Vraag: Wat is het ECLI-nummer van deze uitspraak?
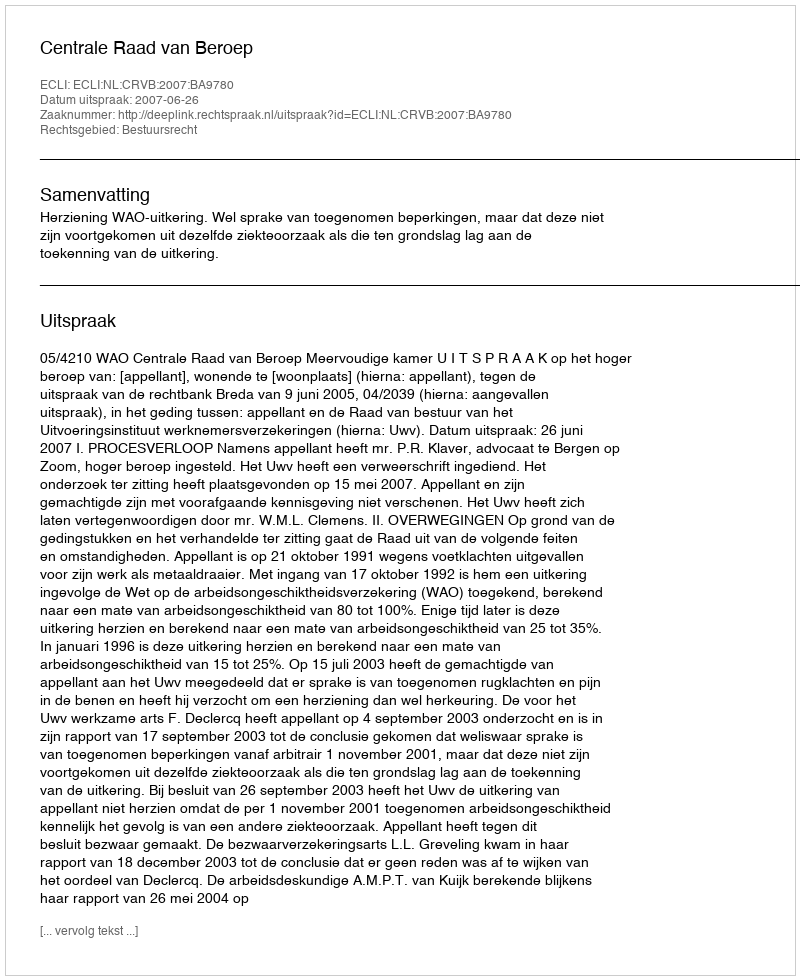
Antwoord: ECLI:NL:CRVB:2007:BA9780